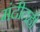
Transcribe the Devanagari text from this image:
मंदीतही